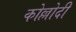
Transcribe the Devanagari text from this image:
कोल्लोदी